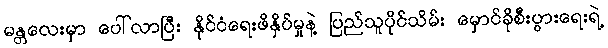
မန္တလေးမှာ ပေါ်လာပြီး နိုင်ငံရေးဖိနှိပ်မှုနဲ့ ပြည်သူပိုင်သိမ်း မှောင်ခိုစီးပွားရေးရဲ့